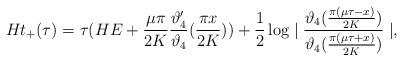
LaTeX: \begin{align*}Ht_+(\tau)=\tau(HE+\frac{\mu\pi}{2K}\frac{\vartheta'_4}{\vartheta_4}(\frac{\pi x}{2K}))+\frac{1}{2}\log\mid\frac{\vartheta_4(\frac{\pi(\mu\tau-x)}{2K})}{\vartheta_4(\frac{\pi(\mu\tau+x)}{2K})}\mid,\end{align*}